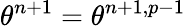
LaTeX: \theta^{n+1}=\theta^{n+1,p-1}